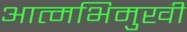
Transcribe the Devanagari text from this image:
आत्मभिमुखी